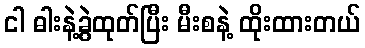
ငါ ဓါးနဲ့ခွဲထုတ်ပြီး မီးစနဲ့ ထိုးထားတယ်